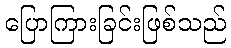
ပြောကြားခြင်းဖြစ်သည်